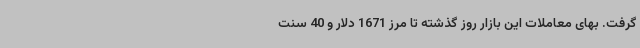
گرفت. بهای معاملات این بازار روز گذشته تا مرز 1671 دلار و 40 سنت